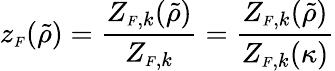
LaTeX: z_{\scriptscriptstyle F}(\tilde{\rho})=\frac{Z_{{\scriptscriptstyle F},k}(\tilde{\rho})}{Z_{{\scriptscriptstyle F},k}}=\frac{Z_{{\scriptscriptstyle F},k}(\tilde{\rho})}{Z_{{\scriptscriptstyle F},k}(\kappa)}